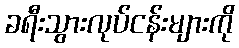
ခရီးသွားလုပ်ငန်းများကို